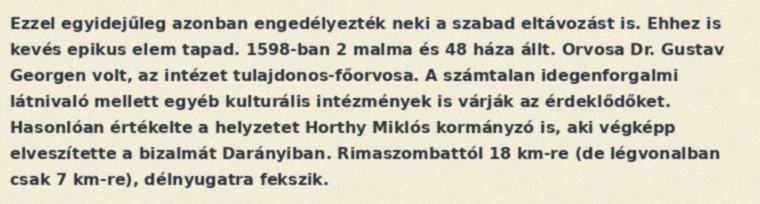
Ezzel egyidejűleg azonban engedélyezték neki a szabad eltávozást is. Ehhez is kevés epikus elem tapad. 1598-ban 2 malma és 48 háza állt. Orvosa Dr. Gustav Georgen volt, az intézet tulajdonos-főorvosa. A számtalan idegenforgalmi látnivaló mellett egyéb kulturális intézmények is várják az érdeklődőket. Hasonlóan értékelte a helyzetet Horthy Miklós kormányzó is, aki végképp elveszítette a bizalmát Darányiban. Rimaszombattól 18 km-re (de légvonalban csak 7 km-re), délnyugatra fekszik.